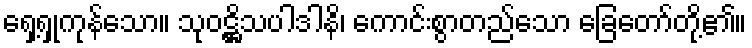
ရှေ့ရှုကုန်သော။ သုဝဋ္ဌိသပါဒါနိ၊ ကောင်းစွာတည်သော ခြေတော်တို့၏။